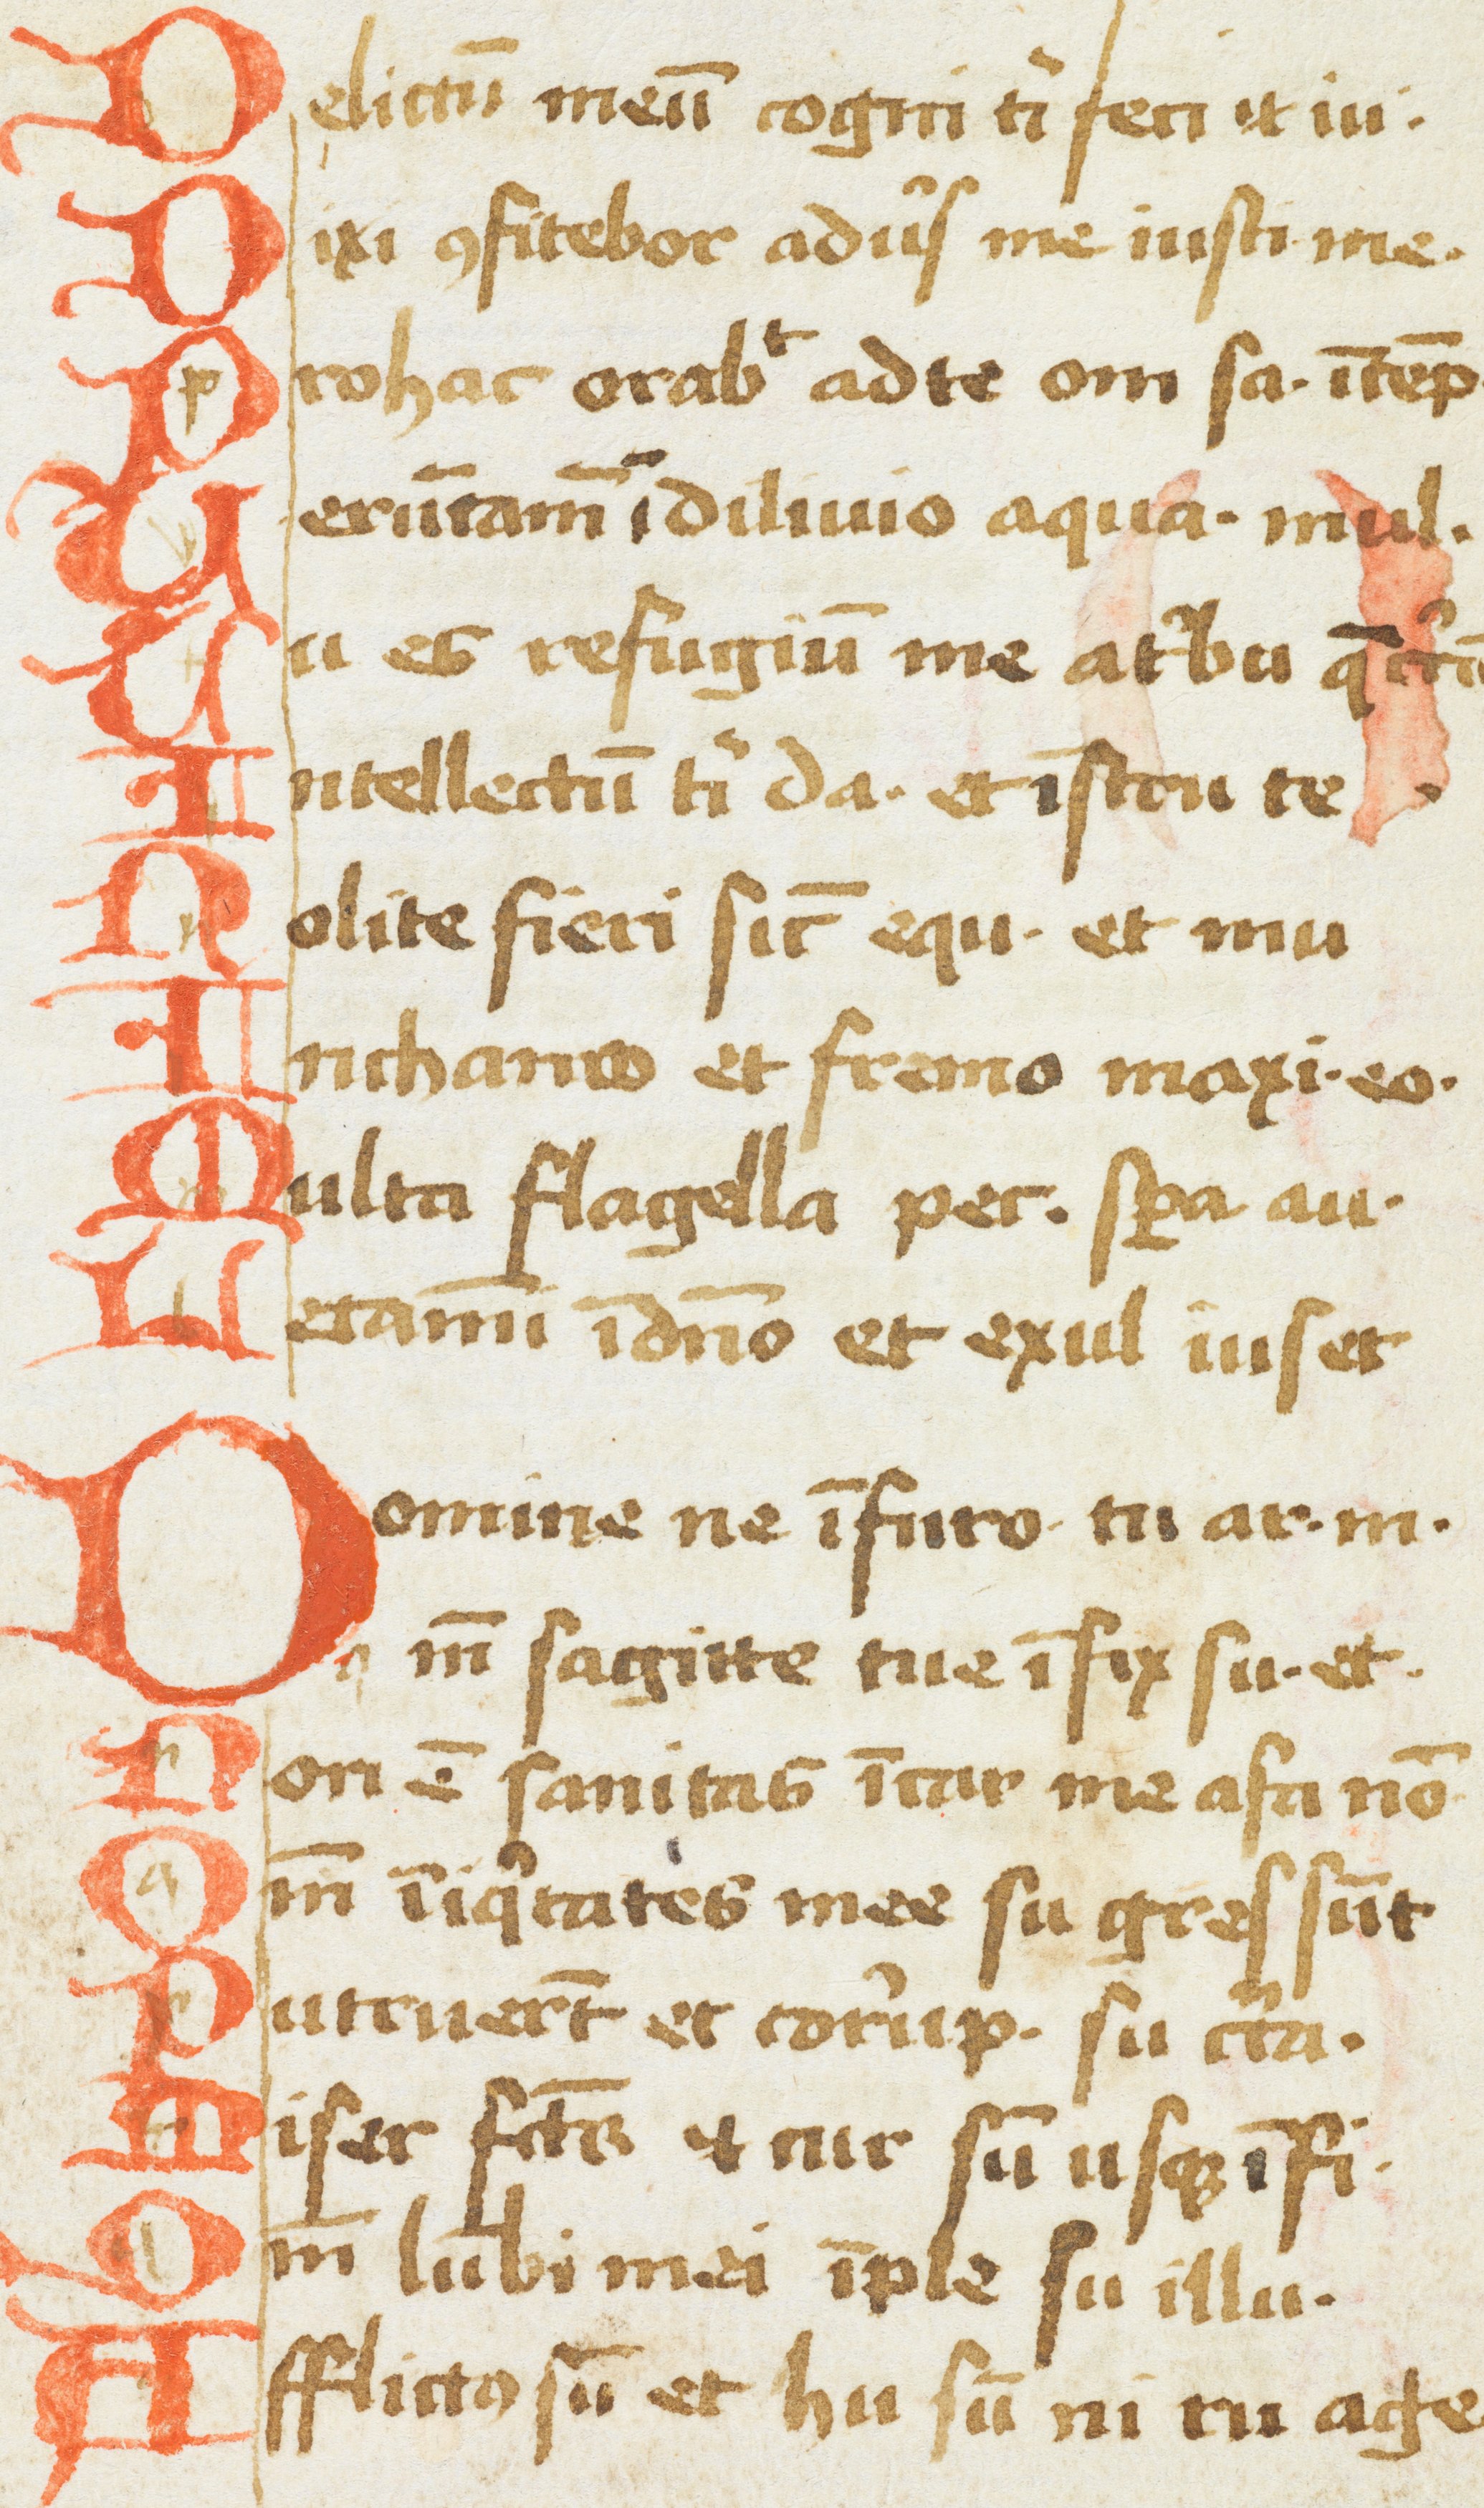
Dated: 1433–1465